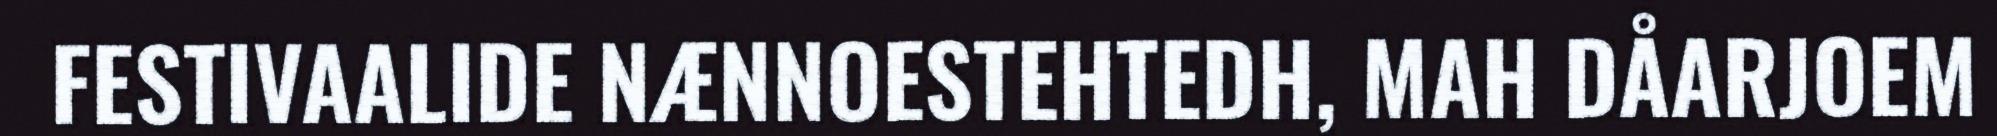
FESTIVAALIDE NÆNNOESTEHTEDH, MAH DÅARJOEM